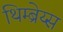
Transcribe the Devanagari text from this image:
थिम्ब्रेय्स